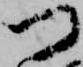
つ